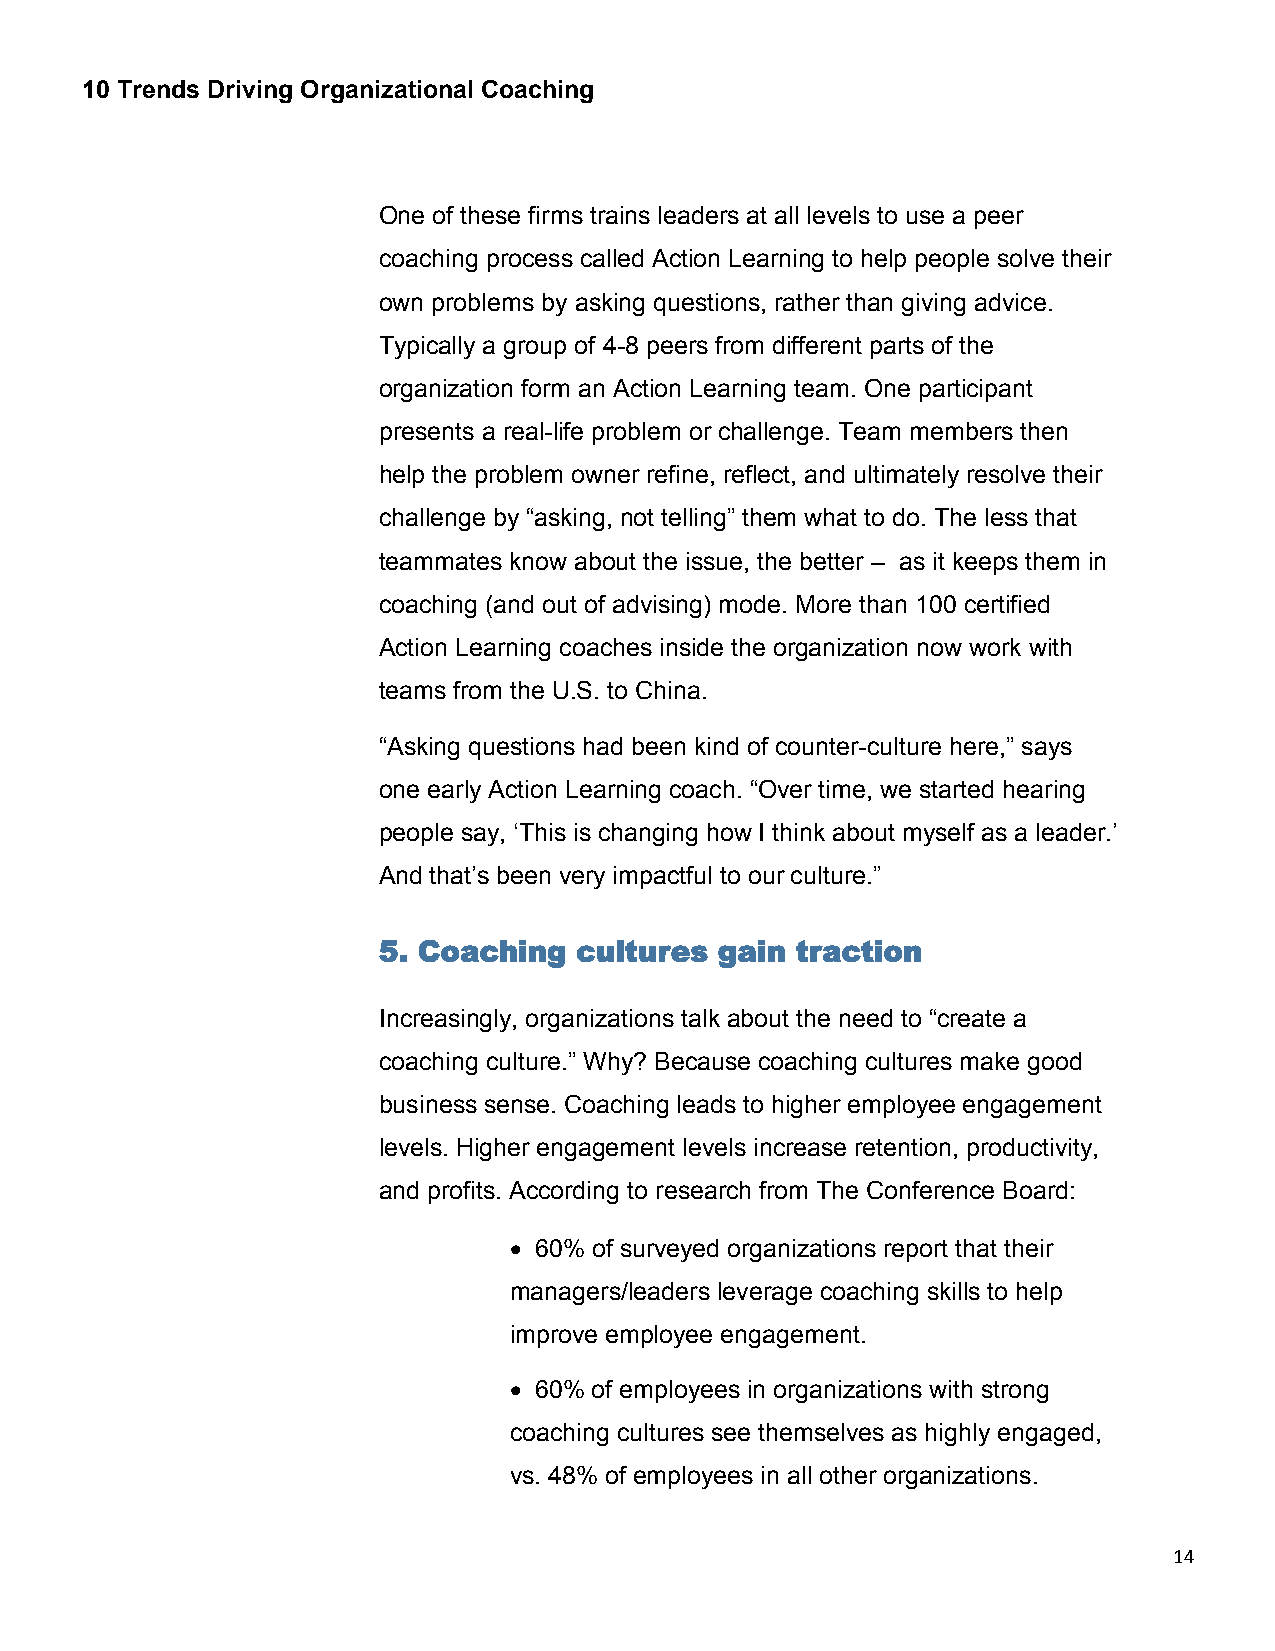
10 Trends Driving Organizational Coaching
 One of these firms trains leaders at all levels to use a peer
 coaching process called Action Learning to help people solve their
 own problems by asking questions, rather than giving advice.
 Typically a group of 4-8 peers from different parts of the
 organization form an Action Learning team. One participant
 presents a real-life problem or challenge. Team members then
 help the problem owner refine, reflect, and ultimately resolve their
 challenge by “asking, not telling” them what to do. The less that
 teammates know about the issue, the better – as it keeps them in
 coaching (and out of advising) mode. More than 100 certified
 Action Learning coaches inside the organization now work with
 teams from the U.S. to China.
 “Asking questions had been kind of counter-culture here,” says
 one early Action Learning coach. “Over time, we started hearing
 people say, ‘This is changing how I think about myself as a leader.’
 And that’s been very impactful to our culture.”
 5. Coaching  cultures  gain traction
 Increasingly, organizations talk about the need to “create a
 coaching culture.” Why? Because coaching cultures make good
 business sense. Coaching leads to higher employee engagement
 levels. Higher engagement levels increase retention, productivity,
 and profits. According to research from The Conference Board:
  60% of surveyed organizations report that their
 managers/leaders leverage coaching skills to help
 improve employee engagement.
  60% of employees in organizations with strong
 coaching cultures see themselves as highly engaged,
 vs. 48% of employees in all other organizations.
 14